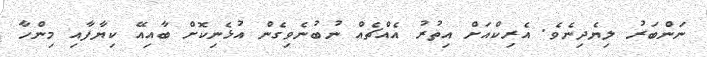
ނަންބަރު ލިޔެދިނެވެ. އެރިކްއަށް އިތުރު އެއްޗެއް ނުބުނެވިގެން އުޅެނިކޮށް ބާއިއޭ ކިޔާފާއި މިންހާ